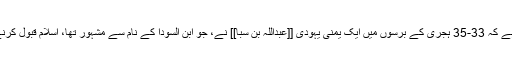
طبری کی روایت ہے کہ 33-35 ہجری کے برسوں میں ایک یمنی یہودی [[عبداللہ بن سبا]] نے، جو ابن السودا کے نام سے مشہور تھا، اسلام قبول کرنے کا اعلان کر دیا۔